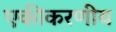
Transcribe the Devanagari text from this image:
एकीकरणीय